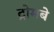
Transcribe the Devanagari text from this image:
ट्रोमबे